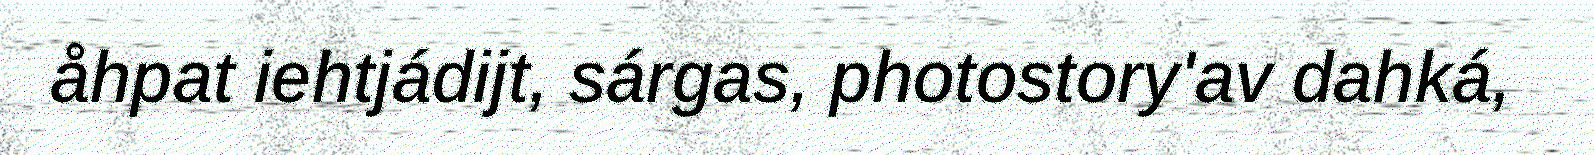
åhpat iehtjádijt, sárgas, photostory'av dahká,